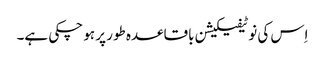
اِس کی نوٹیفیکیشن باقاعدہ طور پر ہو چکی ہے۔